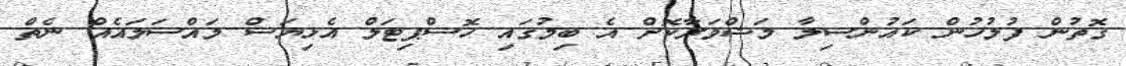
ގޮތުން ފުލުހުން ކައުންސިލާ މަޝްވަރާކޮށް އެ ބިމުގައި ހޮސްޕިޓަލް އެޅިޔަސް މައްސަލައެއް ނެތް